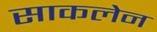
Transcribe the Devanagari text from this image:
साकलेन